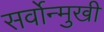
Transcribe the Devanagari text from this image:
सर्वोन्मुखी